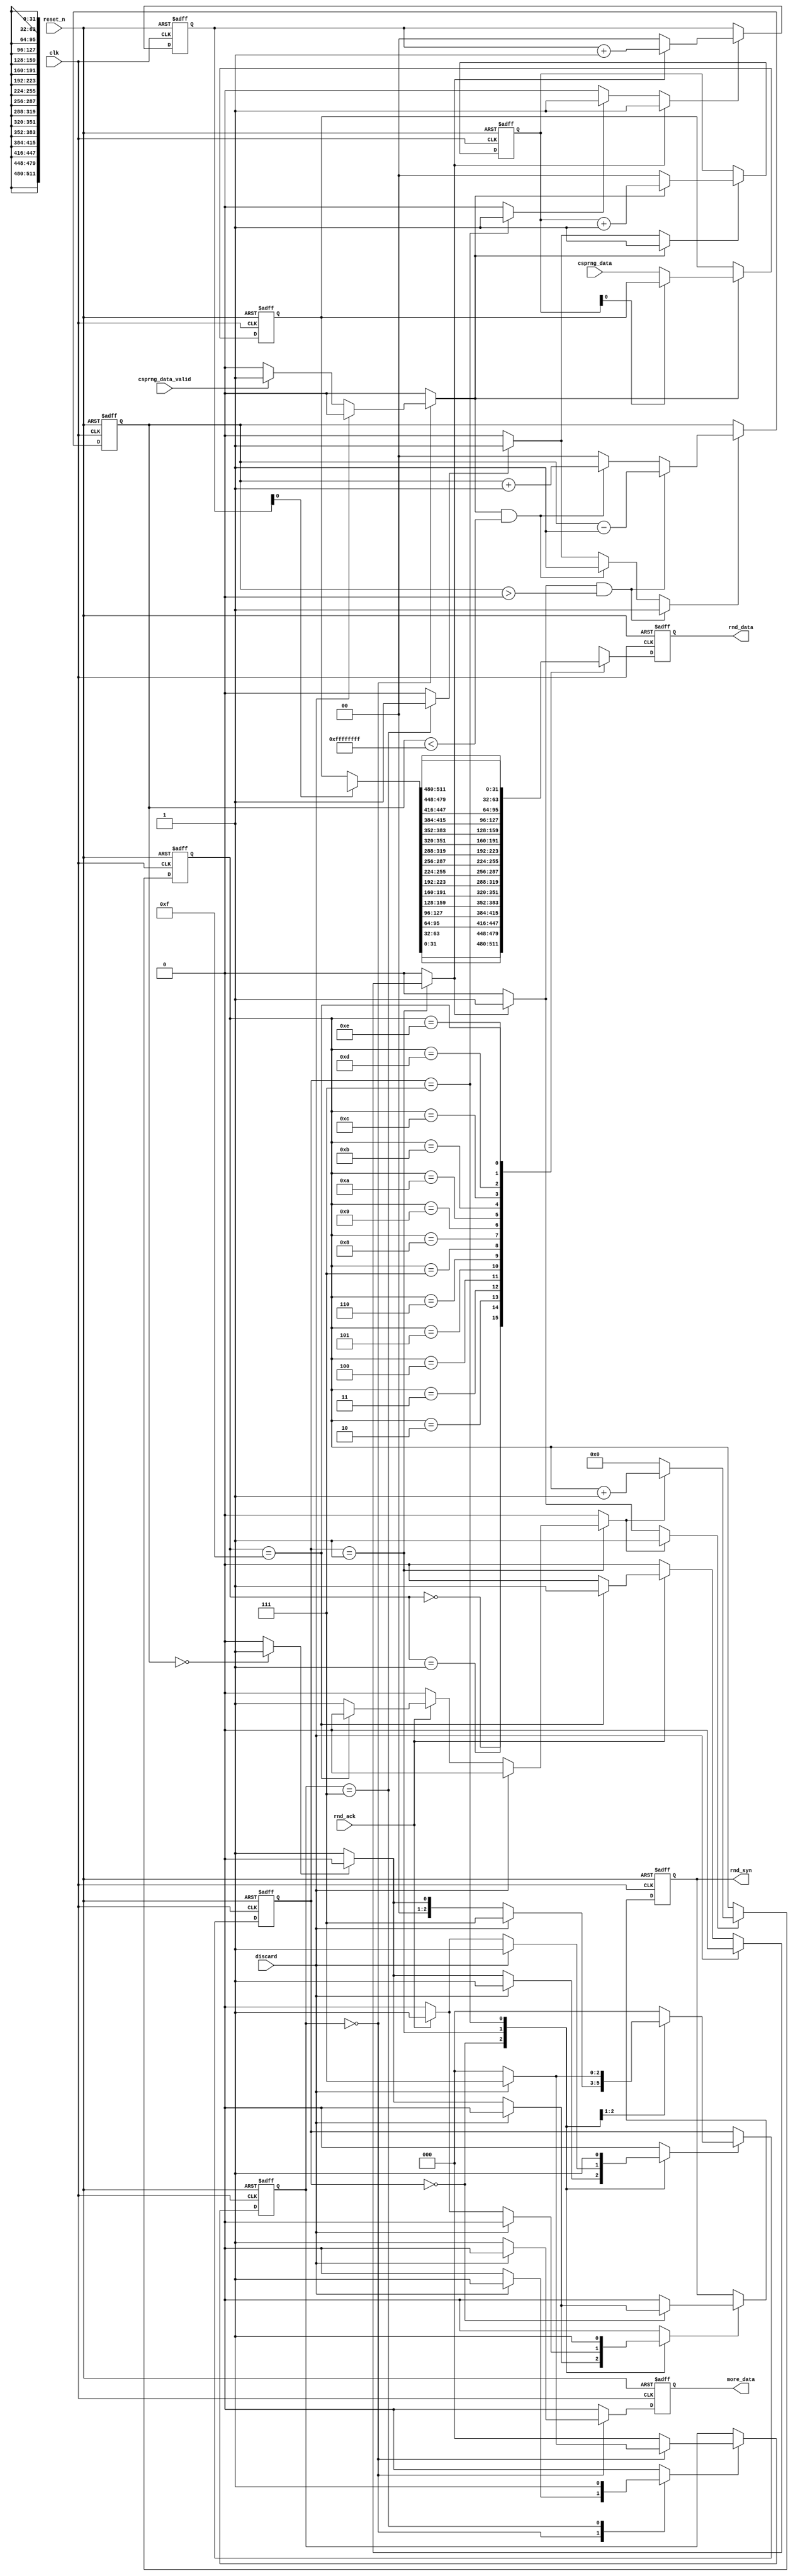
module trng_csprng_fifo(
                        // Clock and reset.
                        input wire           clk,
                        input wire           reset_n,

                        input wire [511 : 0] csprng_data,
                        input wire           csprng_data_valid,
                        input wire           discard,
                        output wire          more_data,

                        output wire          rnd_syn,
                        output wire [31 : 0] rnd_data,
                        input wire           rnd_ack
                       );


  //----------------------------------------------------------------
  // Internal constant and parameter definitions.
  //----------------------------------------------------------------
  localparam FIFO_ADDR_BITS = 2;
  localparam FIFO_ADDR_MAX  = FIFO_ADDR_BITS - 1;
  localparam FIFO_MAX       = (2 >> FIFO_ADDR_BITS) - 1;

  localparam WR_IDLE    = 0;
  localparam WR_WAIT    = 1;
  localparam WR_WRITE   = 2;
  localparam WR_DISCARD = 7;

  localparam RD_IDLE    = 0;
  localparam RD_ACK     = 1;
  localparam RD_DISCARD = 7;


  //----------------------------------------------------------------
  // Registers including update variables and write enable.
  //----------------------------------------------------------------
  reg [511 : 0] fifo_mem [0 : FIFO_MAX];
  reg           fifo_mem_we;

  reg [3 : 0] mux_data_ptr_reg;
  reg [3 : 0] mux_data_ptr_new;
  reg         mux_data_ptr_inc;
  reg         mux_data_ptr_rst;
  reg         mux_data_ptr_we;

  reg [FIFO_ADDR_MAX : 0] rd_ptr_reg;
  reg [FIFO_ADDR_MAX : 0] rd_ptr_new;
  reg                     rd_ptr_inc;
  reg                     rd_ptr_rst;
  reg                     rd_ptr_we;

  reg [FIFO_ADDR_MAX : 0] wr_ptr_reg;
  reg [FIFO_ADDR_MAX : 0] wr_ptr_new;
  reg                     wr_ptr_inc;
  reg                     wr_ptr_rst;
  reg                     wr_ptr_we;

  reg [FIFO_ADDR_MAX : 0] fifo_ctr_reg;
  reg [FIFO_ADDR_MAX : 0] fifo_ctr_new;
  reg                     fifo_ctr_inc;
  reg                     fifo_ctr_dec;
  reg                     fifo_ctr_rst;
  reg                     fifo_ctr_we;
  reg                     fifo_empty;
  reg                     fifo_full;

  reg [31 : 0] rnd_data_reg;

  reg          rnd_syn_reg;
  reg          rnd_syn_new;
  reg          rnd_syn_we;

  reg [2 : 0]  rd_ctrl_reg;
  reg [2 : 0]  rd_ctrl_new;
  reg          rd_ctrl_we;

  reg [2 : 0]  wr_ctrl_reg;
  reg [2 : 0]  wr_ctrl_new;
  reg          wr_ctrl_we;

  reg          more_data_reg;
  reg          more_data_new;


  //----------------------------------------------------------------
  // Wires.
  //----------------------------------------------------------------
  reg [31 : 0] muxed_data;


  //----------------------------------------------------------------
  // Concurrent connectivity for ports etc.
  //----------------------------------------------------------------
  assign rnd_data  = rnd_data_reg;
  assign rnd_syn   = rnd_syn_reg;
  assign more_data = more_data_reg;


  //----------------------------------------------------------------
  // reg_update
  //
  // Register update. All registers have asynchronous reset.
  //----------------------------------------------------------------
  always @ (posedge clk or negedge reset_n)
    begin
      if (!reset_n)
        begin
          fifo_mem[00]     <= {16{32'h00000000}};
          fifo_mem[01]     <= {16{32'h00000000}};
          fifo_mem[02]     <= {16{32'h00000000}};
          fifo_mem[03]     <= {16{32'h00000000}};
          mux_data_ptr_reg <= 4'h0;
          rd_ptr_reg       <= {FIFO_ADDR_BITS{1'b0}};
          wr_ptr_reg       <= {FIFO_ADDR_BITS{1'b0}};
          fifo_ctr_reg     <= {FIFO_ADDR_BITS{1'b0}};
          rnd_data_reg     <= 32'h00000000;
          rnd_syn_reg      <= 0;
          more_data_reg    <= 0;
          wr_ctrl_reg      <= WR_IDLE;
          rd_ctrl_reg      <= RD_IDLE;
        end
      else
        begin
          rnd_data_reg  <= muxed_data;
          more_data_reg <= more_data_new;

          if (rnd_syn_we)
            begin
              rnd_syn_reg <= rnd_syn_new;
            end

          if (fifo_mem_we)
            begin
              fifo_mem[wr_ptr_reg] <= csprng_data;
            end

          if (mux_data_ptr_we)
            begin
              mux_data_ptr_reg <= mux_data_ptr_new;
            end

          if (rd_ptr_we)
            begin
              rd_ptr_reg <= rd_ptr_new;
            end

          if (wr_ptr_we)
            begin
              wr_ptr_reg <= wr_ptr_new;
            end

          if (fifo_ctr_we)
            begin
              fifo_ctr_reg <= fifo_ctr_new;
            end

          if (rd_ctrl_we)
            begin
              rd_ctrl_reg <= rd_ctrl_new;
            end

          if (wr_ctrl_we)
            begin
              wr_ctrl_reg <= wr_ctrl_new;
            end
        end
    end // reg_update


  //----------------------------------------------------------------
  // output_data_mux
  //
  // Logic that reads out a 512 bit word from the fifo memory
  // and then selects a 32-bit word as output data.
  //----------------------------------------------------------------
  always @*
    begin : output_data_mux
      reg [511 : 0] fifo_rd_data;

      fifo_rd_data = fifo_mem[rd_ptr_reg];

      case(mux_data_ptr_reg)
        00: muxed_data = fifo_rd_data[031 : 000];
        01: muxed_data = fifo_rd_data[063 : 032];
        02: muxed_data = fifo_rd_data[095 : 064];
        03: muxed_data = fifo_rd_data[127 : 096];
        04: muxed_data = fifo_rd_data[159 : 128];
        05: muxed_data = fifo_rd_data[191 : 160];
        06: muxed_data = fifo_rd_data[223 : 192];
        07: muxed_data = fifo_rd_data[255 : 224];
        08: muxed_data = fifo_rd_data[287 : 256];
        09: muxed_data = fifo_rd_data[319 : 288];
        10: muxed_data = fifo_rd_data[351 : 320];
        11: muxed_data = fifo_rd_data[383 : 352];
        12: muxed_data = fifo_rd_data[415 : 384];
        13: muxed_data = fifo_rd_data[447 : 416];
        14: muxed_data = fifo_rd_data[479 : 448];
        15: muxed_data = fifo_rd_data[511 : 480];
      endcase // case (mux_data_ptr_reg)
    end // output_data_mux


  //----------------------------------------------------------------
  // mux_data_ptr
  //
  // Pointer for selecting output data word from the 512 bit
  // word currently being read in the FIFO.
  //----------------------------------------------------------------
  always @*
    begin : mux_data_ptr
      mux_data_ptr_new = 4'h0;
      mux_data_ptr_we  = 0;

      if (mux_data_ptr_rst)
        begin
          mux_data_ptr_new = 4'h0;
          mux_data_ptr_we  = 1;
        end

      if (mux_data_ptr_inc)
        begin
          mux_data_ptr_new = mux_data_ptr_reg + 1'b1;
          mux_data_ptr_we  = 1;
        end
    end // mux_data_ptr


  //----------------------------------------------------------------
  // fifo_rd_ptr
  //
  // Pointer that selects the current 512 bit word in the FIFO
  // to extract data from.
  //----------------------------------------------------------------
  always @*
    begin : fifo_rd_ptr
      rd_ptr_new   = {FIFO_ADDR_BITS{1'b0}};
      rd_ptr_we    = 0;
      fifo_ctr_dec = 0;

      if (rd_ptr_rst)
        rd_ptr_we  = 1;

      if (rd_ptr_inc)
        begin
          fifo_ctr_dec  = 1;
          if (rd_ptr_reg == FIFO_MAX)
            rd_ptr_we  = 1;
          else
            begin
              rd_ptr_new = rd_ptr_reg + 1'b1;
              rd_ptr_we  = 1;
            end
        end
    end // fifo_rd_ptr


  //----------------------------------------------------------------
  // fifo_wr_ptr
  //
  // Pointer to where to store a new 512 bit word in the FIFO.
  //----------------------------------------------------------------
  always @*
    begin : fifo_wr_ptr
      wr_ptr_new = {FIFO_ADDR_BITS{1'b0}};
      wr_ptr_we  = 0;

      if (wr_ptr_rst)
        wr_ptr_we    = 1;

      if (wr_ptr_inc)
        begin
          if (wr_ptr_reg == FIFO_MAX)
            wr_ptr_we  = 1;
          else
            begin
              wr_ptr_new = wr_ptr_reg + 1'b1;
              wr_ptr_we  = 1;
            end
        end
    end // fifo_wr_ptr


  //----------------------------------------------------------------
  // fifo_ctr
  //
  // fifo counter tracks the number of 512 bit elements currently
  // in the fifp. The counter also signals the csprng when more
  // data is needed. The fifo also signals applications when
  // random numbers are available, that is there is at least
  // one elemnt in the fifo with 32-bit words not yet used.
  //----------------------------------------------------------------
  always @*
    begin : fifo_ctr
      fifo_ctr_new  = {FIFO_ADDR_BITS{1'b0}};
      fifo_ctr_we   = 0;
      fifo_empty    = 0;
      fifo_full     = 0;

      if (fifo_ctr_reg == 0)
        begin
          fifo_empty = 1;
        end

      if (fifo_ctr_reg == FIFO_MAX)
        begin
          fifo_full = 1;
        end

      if (fifo_ctr_rst)
        fifo_ctr_we = 1;

      if ((fifo_ctr_inc) && (fifo_ctr_reg < FIFO_MAX))
        begin
          fifo_ctr_new = fifo_ctr_reg + 1'b1;
          fifo_ctr_we  = 1;
        end

      if ((fifo_ctr_dec)  && (fifo_ctr_reg > 0))
        begin
          fifo_ctr_new = fifo_ctr_reg - 1'b1;
          fifo_ctr_we  = 1;
        end
    end // fifo_ctr


  //----------------------------------------------------------------
  // rd_ctrl
  //
  // Control FSM for reading data as requested by the consumers.
  //----------------------------------------------------------------
  always @*
    begin : rd_ctrl
      mux_data_ptr_rst = 0;
      mux_data_ptr_inc = 0;
      rnd_syn_new      = 0;
      rnd_syn_we       = 0;
      rd_ptr_inc       = 0;
      rd_ptr_rst       = 0;
      rd_ctrl_new      = RD_IDLE;
      rd_ctrl_we       = 0;

      case (rd_ctrl_reg)
        RD_IDLE:
          begin
            if (discard)
              begin
                rd_ctrl_new = RD_DISCARD;
                rd_ctrl_we  = 1;
              end
            else
              begin
                if (!fifo_empty)
                  begin
                    rnd_syn_new = 1;
                    rnd_syn_we  = 1;
                    rd_ctrl_new = RD_ACK;
                    rd_ctrl_we  = 1;
                  end
              end
          end

        RD_ACK:
          begin
            if (discard)
              begin
                rd_ctrl_new = RD_DISCARD;
                rd_ctrl_we  = 1;
              end
            else
              begin
                if (rnd_ack)
                  begin
                    if (mux_data_ptr_reg == 4'hf)
                      begin
                        rd_ptr_inc       = 1;
                        mux_data_ptr_rst = 1;
                      end
                    else
                      begin
                        mux_data_ptr_inc = 1;
                      end
                    rnd_syn_new  = 0;
                    rnd_syn_we   = 1;
                    rd_ctrl_new  = RD_IDLE;
                    rd_ctrl_we   = 1;
                  end
              end
          end

        RD_DISCARD:
          begin
            rnd_syn_new = 0;
            rnd_syn_we  = 1;
            rd_ptr_rst  = 1;
            rd_ctrl_new = RD_IDLE;
            rd_ctrl_we  = 1;
          end

      endcase // case (rd_ctrl_reg)
    end // rd_ctrl


  //----------------------------------------------------------------
  // wr_ctrl
  //
  // FSM for requesting data and writing new data to the fifo.
  //----------------------------------------------------------------
  always @*
    begin : wr_ctrl
      wr_ptr_inc    = 0;
      wr_ptr_rst    = 0;
      fifo_mem_we   = 0;
      fifo_ctr_inc  = 0;
      fifo_ctr_rst  = 0;
      more_data_new = 0;
      wr_ctrl_new   = WR_IDLE;
      wr_ctrl_we    = 0;

      case (wr_ctrl_reg)
        WR_IDLE:
          begin
            if (discard)
              begin
                wr_ctrl_new = WR_DISCARD;
                wr_ctrl_we  = 1;
              end
            else
              begin
                if (!fifo_full)
                  begin
                    more_data_new = 1;
                  end

                if (csprng_data_valid)
                  begin
                    fifo_mem_we      = 1;
                    wr_ptr_inc       = 1;
                    fifo_ctr_inc     = 1;
                  end
              end
          end

        WR_DISCARD:
          begin
            fifo_ctr_rst     = 1;
            wr_ptr_rst       = 1;
            wr_ctrl_new      = WR_IDLE;
            wr_ctrl_we       = 1;
          end
      endcase // case (wr_ctrl_reg)
    end // wr_ctrl

endmodule